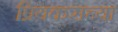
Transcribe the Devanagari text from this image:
प्रियकराच्या